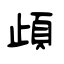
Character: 頉